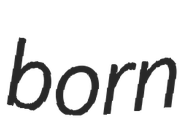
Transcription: born